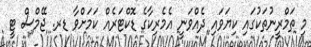
މި ތަމްރީނުތަކުގައި ކިޔަވައި ދެއްވަނީ އެމެރިކާގެ ޑޮކްޓަރެއް ކަމަށްވާ ޑރ. ޖޭމްސް ޓީ